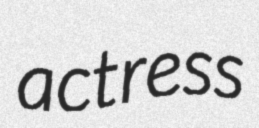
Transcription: actress